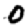
Digit: 0